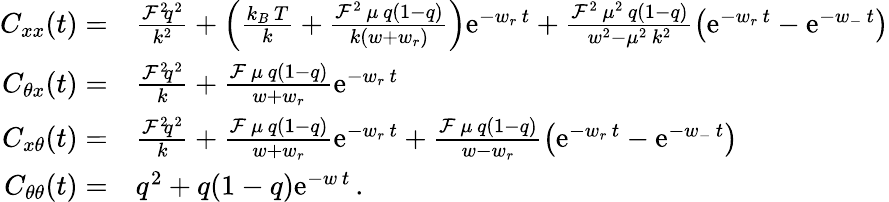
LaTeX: \begin{array}{rl}{C_{xx}(t)=}&{\frac{{\cal F}^{2}\! q^{2}}{k^{2}}+\left(\frac{k_{B}\, T}{k}+\frac{{\cal F}^{2}\, \mu\, q(1-q)}{k(w+w_{r})}\right)\mathrm{e}^{-w_{r}\, t}+\frac{{\cal F}^{2}\, \mu^{2}\, q(1-q)}{w^{2}-\mu^{2}\, k^{2}}\left(\mathrm{e}^{-w_{r}\, t}-\mathrm{e}^{-w_{-}\, t}\right)}\\ {C_{\theta x}(t)=}&{\frac{{\cal F}^{2}\! q^{2}}{k}+\frac{{\cal F}\, \mu\, q(1-q)}{w+w_{r}}\mathrm{e}^{-w_{r}\, t}}\\ {C_{x\theta}(t)=}&{\frac{{\cal F}^{2}\! q^{2}}{k}+\frac{{\cal F}\, \mu\, q(1-q)}{w+w_{r}}\mathrm{e}^{-w_{r}\, t}+\frac{{\cal F}\, \mu\, q(1-q)}{w-w_{r}}\left(\mathrm{e}^{-w_{r}\, t}-\mathrm{e}^{-w_{-}\, t}\right)}\\ {C_{\theta\theta}(t)=}&{q^{2}+q(1-q)\mathrm{e}^{-w\, t}\, .}\end{array}